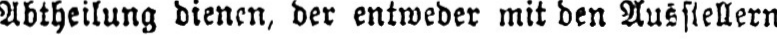
Abtheilung dienen, der entweder mit den Ausstellern